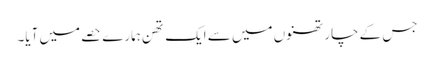
جس کے چار تھنوں میں سے ایک تھن ہمارے حصے میں آیا۔